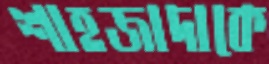
শাহজাদাকে